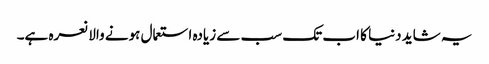
یہ شاید دنیا کا اب تک سب سے زیادہ استعمال ہونے والا نعرہ ہے۔